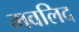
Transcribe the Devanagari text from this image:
मवलिद